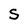
Character: S